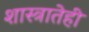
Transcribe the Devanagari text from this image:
शास्त्रातेही